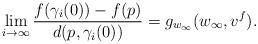
LaTeX: \begin{align*}\lim_{i\to \infty}\frac{f(\gamma_i(0))-f(p)}{d(p,\gamma_i(0))}=g_{w_\infty}(w_\infty,v^f).\end{align*}